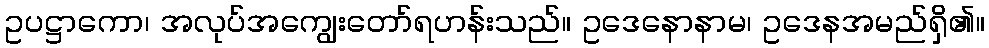
ဥပဋ္ဌာကော၊ အလုပ်အကျွေးတော်ရဟန်းသည်။ ဥဒေနောနာမ၊ ဥဒေနအမည်ရှိ၏။